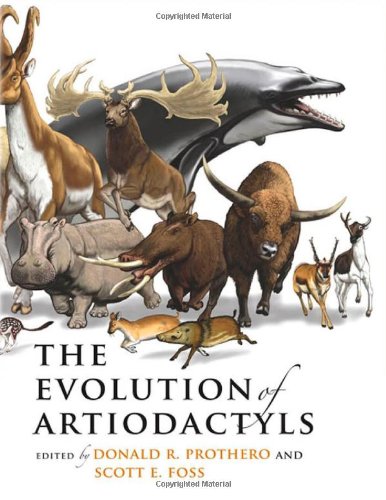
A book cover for The Evolution of Artiodactyls; Science & Math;